Civil Veterinary Department Bengal reports 1933-51 - 1933-1951
Year: 1933
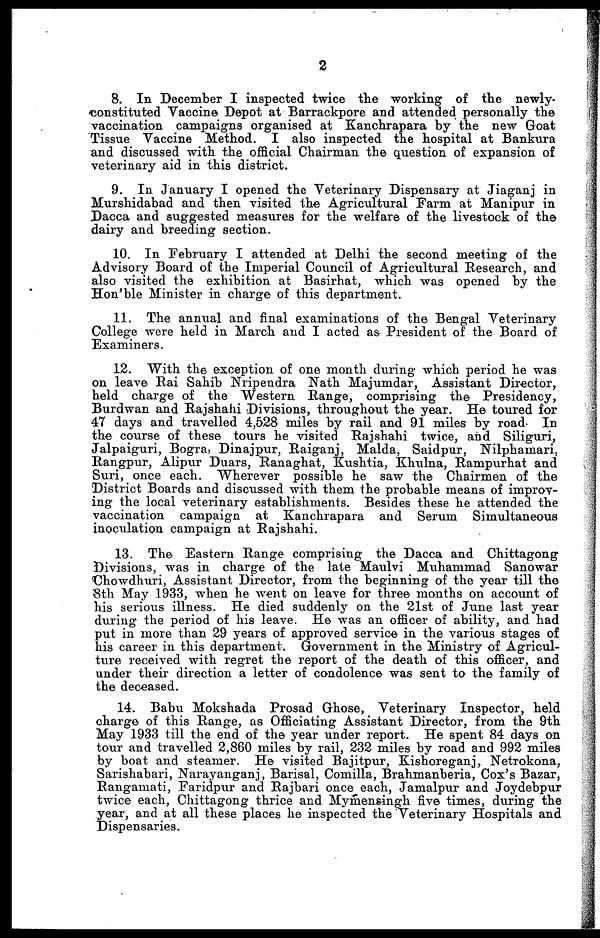
2
8. In December I inspected twice the working of the newly-
constituted Vaccine Depot at Barrackpore and attended personally the
vaccination campaigns organised at Kanchrapara by the new Goat
Tissue Vaccine Method. I also inspected the hospital at Bankura
and discussed with the official Chairman the question of expansion of
veterinary aid in this district.
9. In January I opened the Veterinary Dispensary at Jiaganj in
Murshidabad and then visited the Agricultural Farm at Manipur in
Dacca and suggested measures for the welfare of the livestock of the
dairy and breeding section.
10. In February I attended at Delhi the second meeting of the
Advisory Board of the Imperial Council of Agricultural Research, and
also visited the exhibition at Basirhat, which was opened by the
Hon'ble Minister in charge of this department.
11. The annual and final examinations of the Bengal Veterinary
College were held in March and I acted as President of the Board of
Examiners.
12. With the exception of one month during which period he was
on leave Rai Sahib Nripendra Nath Majumdar, Assistant Director,
held charge of the Western Range, comprising the Presidency,
Burdwan and Rajshahi Divisions, throughout the year. He toured for
47 days and travelled 4,528 miles by rail and 91 miles by road. In
the course of these tours he visited Rajshahi twice, and Siliguri,
Jalpaiguri, Bogra, Dinajpur, Raiganj, Malda, Saidpur, Nilphamari,
Rangpur, Alipur Duars, Ranaghat, Kushtia, Khulna, Rampurhat and
Suri, once each. Wherever possible he saw the Chairmen of the
District Boards and discussed with them the probable means of improv-
ing the local veterinary establishments. Besides these he attended the
vaccination campaign at Kanchrapara and Serum Simultaneous
inoculation campaign at Rajshahi.
13. The Eastern Range comprising the Dacca and Chittagong
Divisions, was in charge of the late Maulvi Muhammad Sanowar
Chowdhuri, Assistant Director, from the beginning of the year till the
8th May 1933, when he went on leave for three months on account of
his serious illness. He died suddenly on the 21st of June last year
during the period of his leave. He was an officer of ability, and had
put in more than 29 years of approved service in the various stages of
his career in this department. Government in the Ministry of Agricul-
ture received with regret the report of the death of this officer, and
under their direction a letter of condolence was sent to the family of
the deceased.
14. Babu Mokshada Prosad Ghose, Veterinary Inspector, held
charge of this Range, as Officiating Assistant Director, from the 9th
May 1933 till the end of the year under report. He spent 84 days on
tour and travelled 2,860 miles by rail, 232 miles by road and 992 miles
by boat and steamer. He visited Bajitpur, Kishoreganj, Netrokona,
Sarishabari, Narayanganj, Barisal, Comilla, Brahmanberia, Cox's Bazar,
Rangamati, Faridpur and Rajbari once each, Jamalpur and Joydebpur
twice each, Chittagong thrice and Mymensingh five times, during the
year, and at all these places he inspected the Veterinary Hospitals and
Dispensaries.